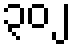
၃၀၂